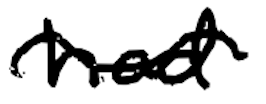
Text: had
Cross-out: wave
Writing tool: digital_black